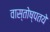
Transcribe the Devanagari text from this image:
वास्तोष्पतये